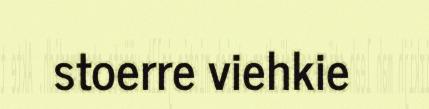
stoerre viehkie